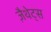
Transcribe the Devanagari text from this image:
ज़ैथेट्स